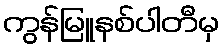
ကွန်မြူနစ်ပါတီမှ